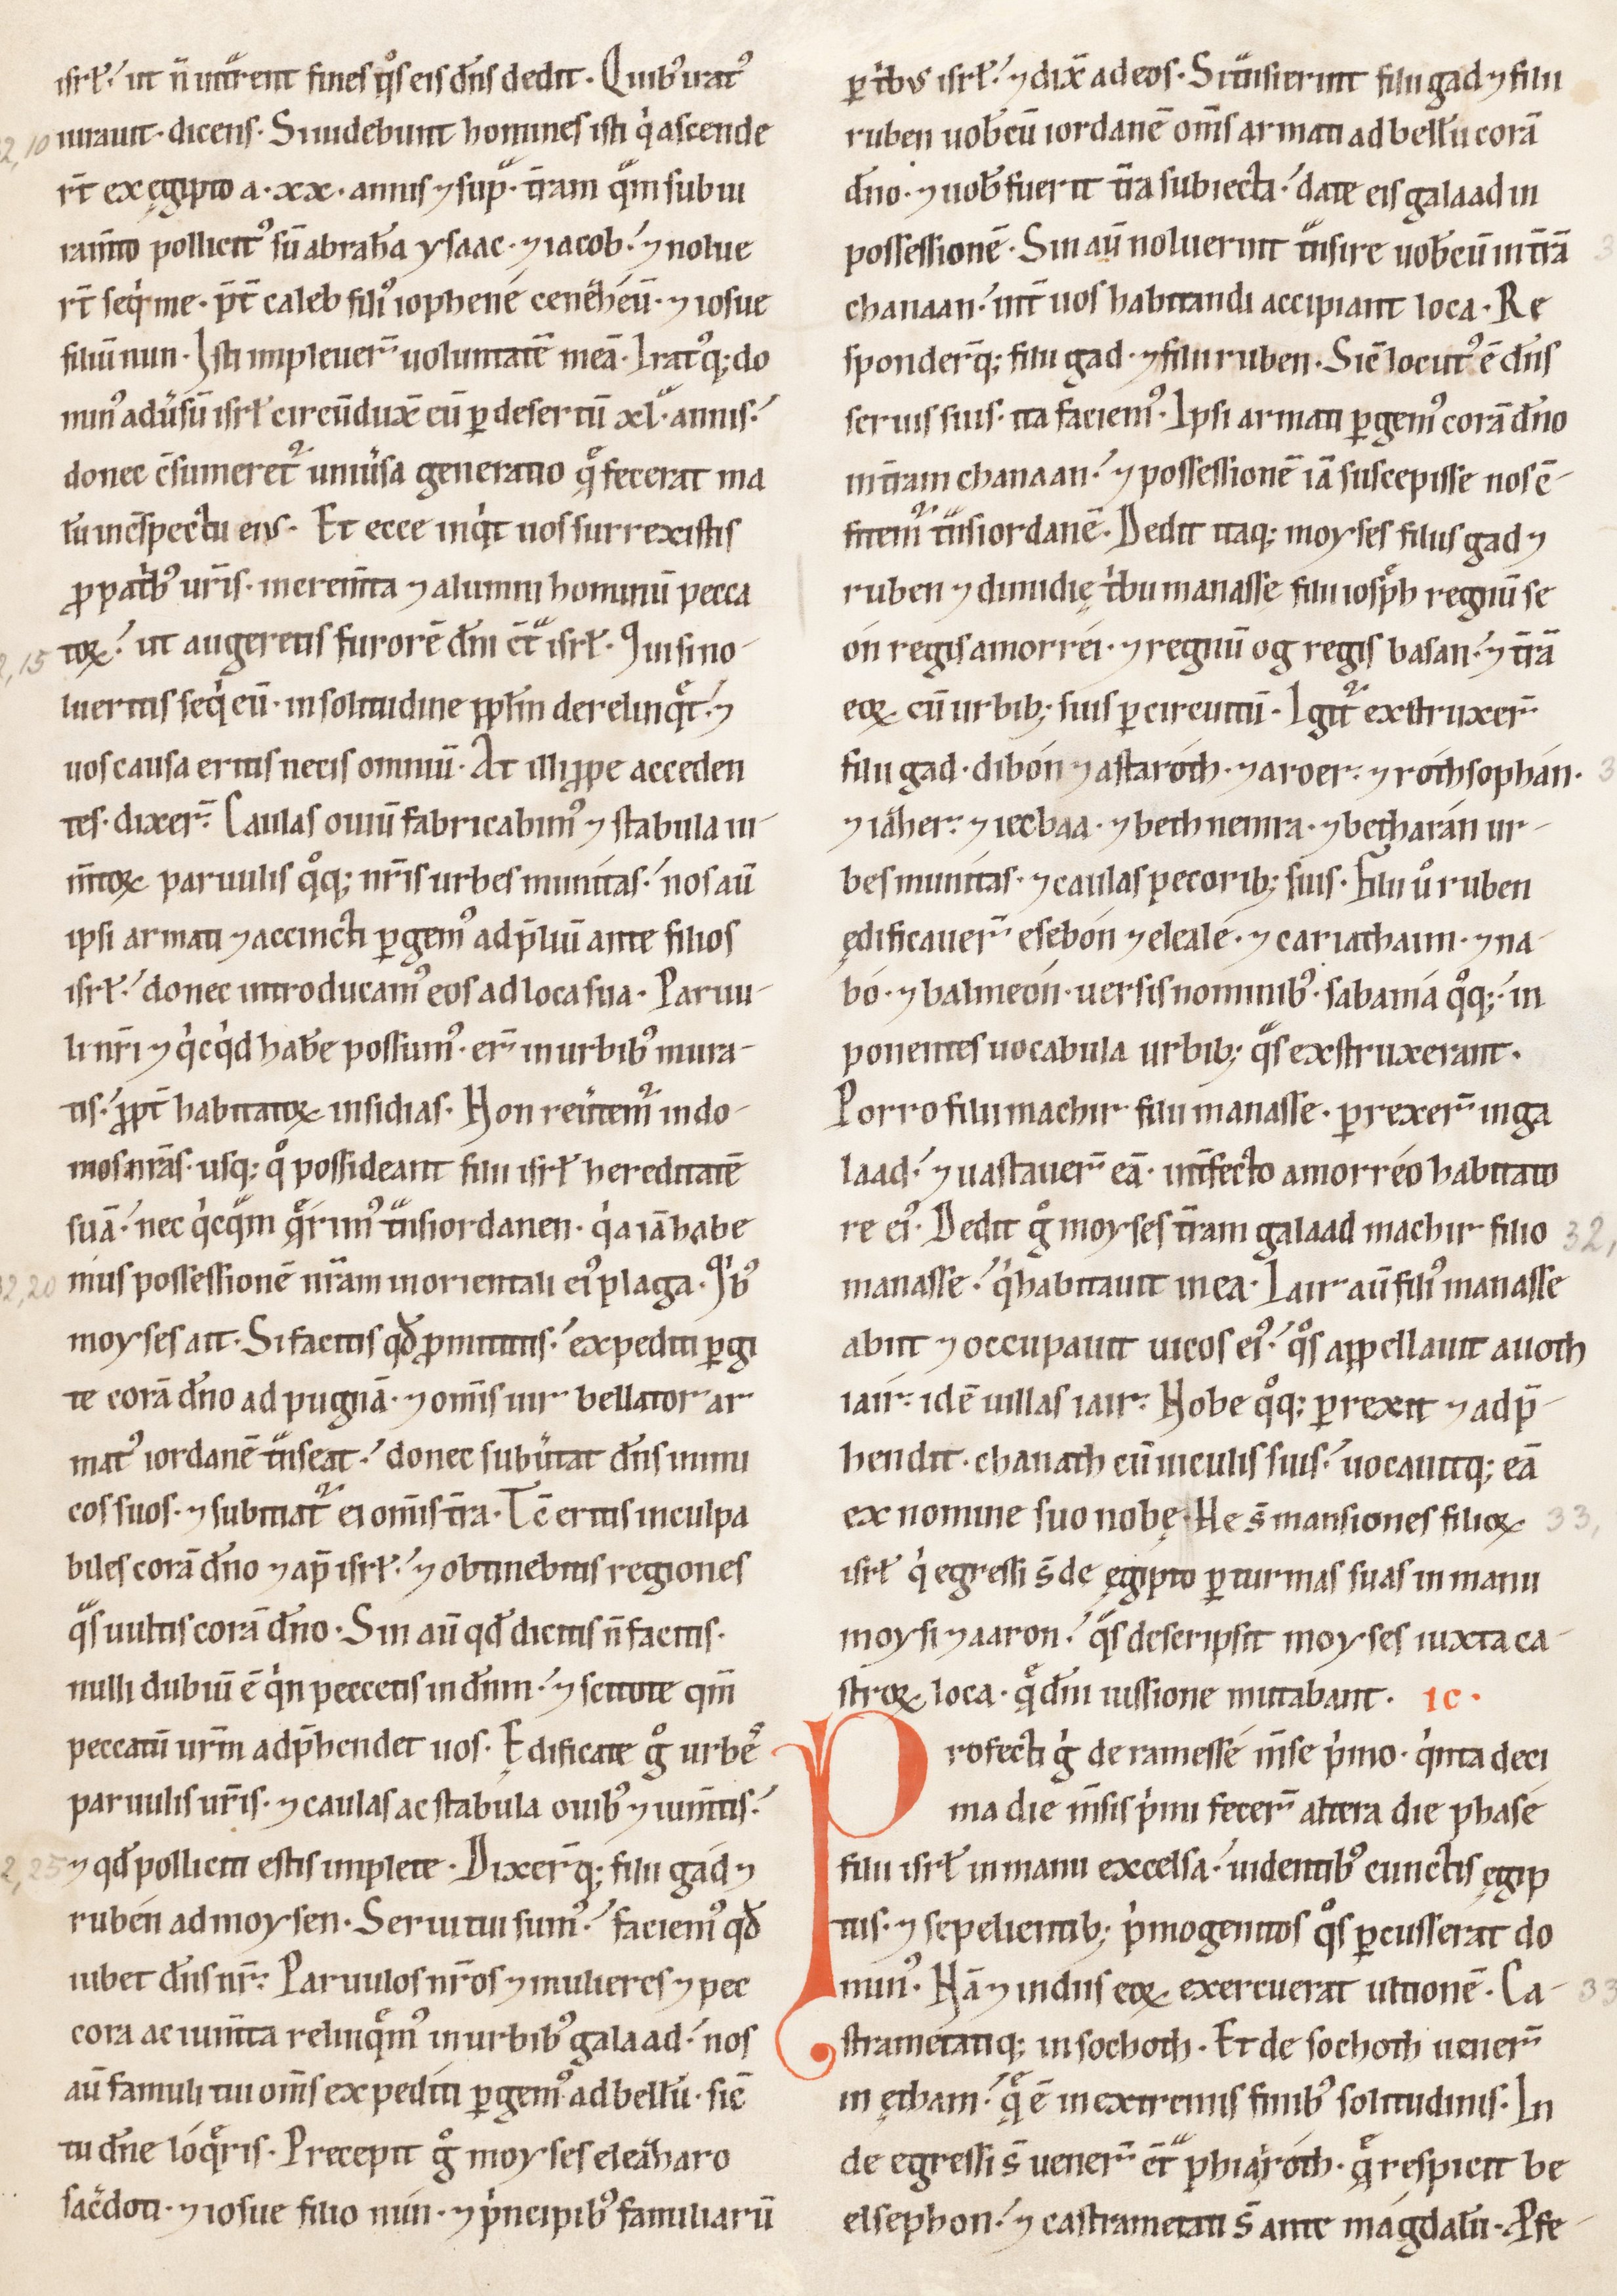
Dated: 1100–1199